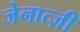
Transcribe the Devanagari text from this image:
जेनात्ज़ी